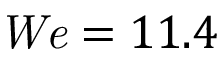
{ \it W e } = 1 1 . 4